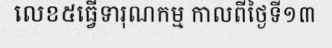
លេខ៥ធ្វើទារុណកម្ម កាលពីថ្ងៃទី១៣